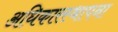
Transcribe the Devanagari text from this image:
अधिकारस्थापना